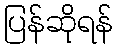
ပြန်ဆိုရန်